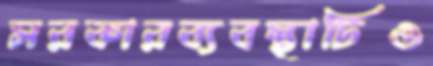
সরকারব্যবস্থাটিও